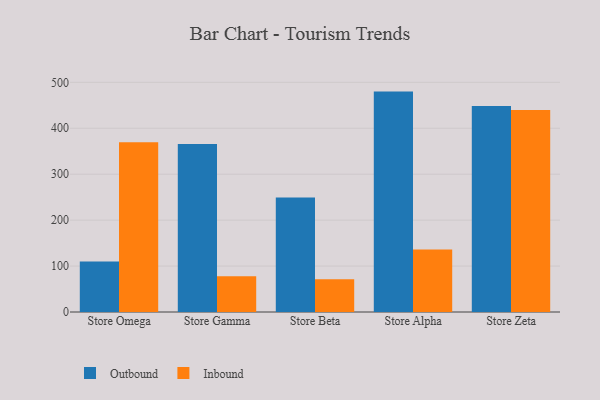
{"axis": {"x": "Store", "y": "Humidity (%)"}, "legend": ["Inbound", "Outbound"], "data": [{"x": "Store Omega", "y": 109.7, "type": "Outbound"}, {"x": "Store Omega", "y": 369.4, "type": "Inbound"}, {"x": "Store Gamma", "y": 365.5, "type": "Outbound"}, {"x": "Store Gamma", "y": 78.0, "type": "Inbound"}, {"x": "Store Beta", "y": 249.3, "type": "Outbound"}, {"x": "Store Beta", "y": 71.5, "type": "Inbound"}, {"x": "Store Alpha", "y": 479.8, "type": "Outbound"}, {"x": "Store Alpha", "y": 136.1, "type": "Inbound"}, {"x": "Store Zeta", "y": 448.5, "type": "Outbound"}, {"x": "Store Zeta", "y": 440.0, "type": "Inbound"}]}